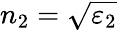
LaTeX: n_{2}=\sqrt{\varepsilon_{2}}